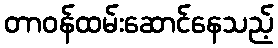
တာဝန်ထမ်းဆောင်နေသည့်